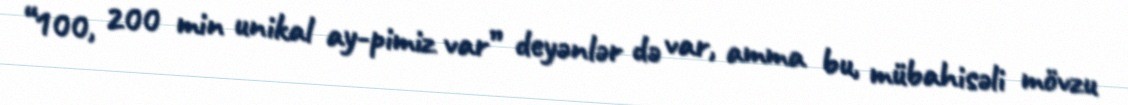
“100, 200 min unikal ay-pimiz var” deyənlər də var, amma bu, mübahisəli mövzu